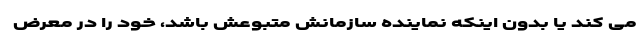
می کند یا بدون اینکه نماینده سازمانش متبوعش باشد، خود را در معرض